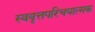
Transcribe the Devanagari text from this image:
स्ववृत्तपरिचयात्मक